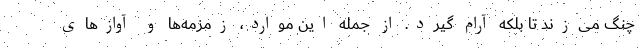
چنگ می‌زند تا بلکه آرام گیرد. از جمله این موارد، زمزمه‌ها و آوازهای